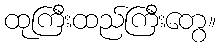
ထုကြီးထည်ကြီးတွေ။